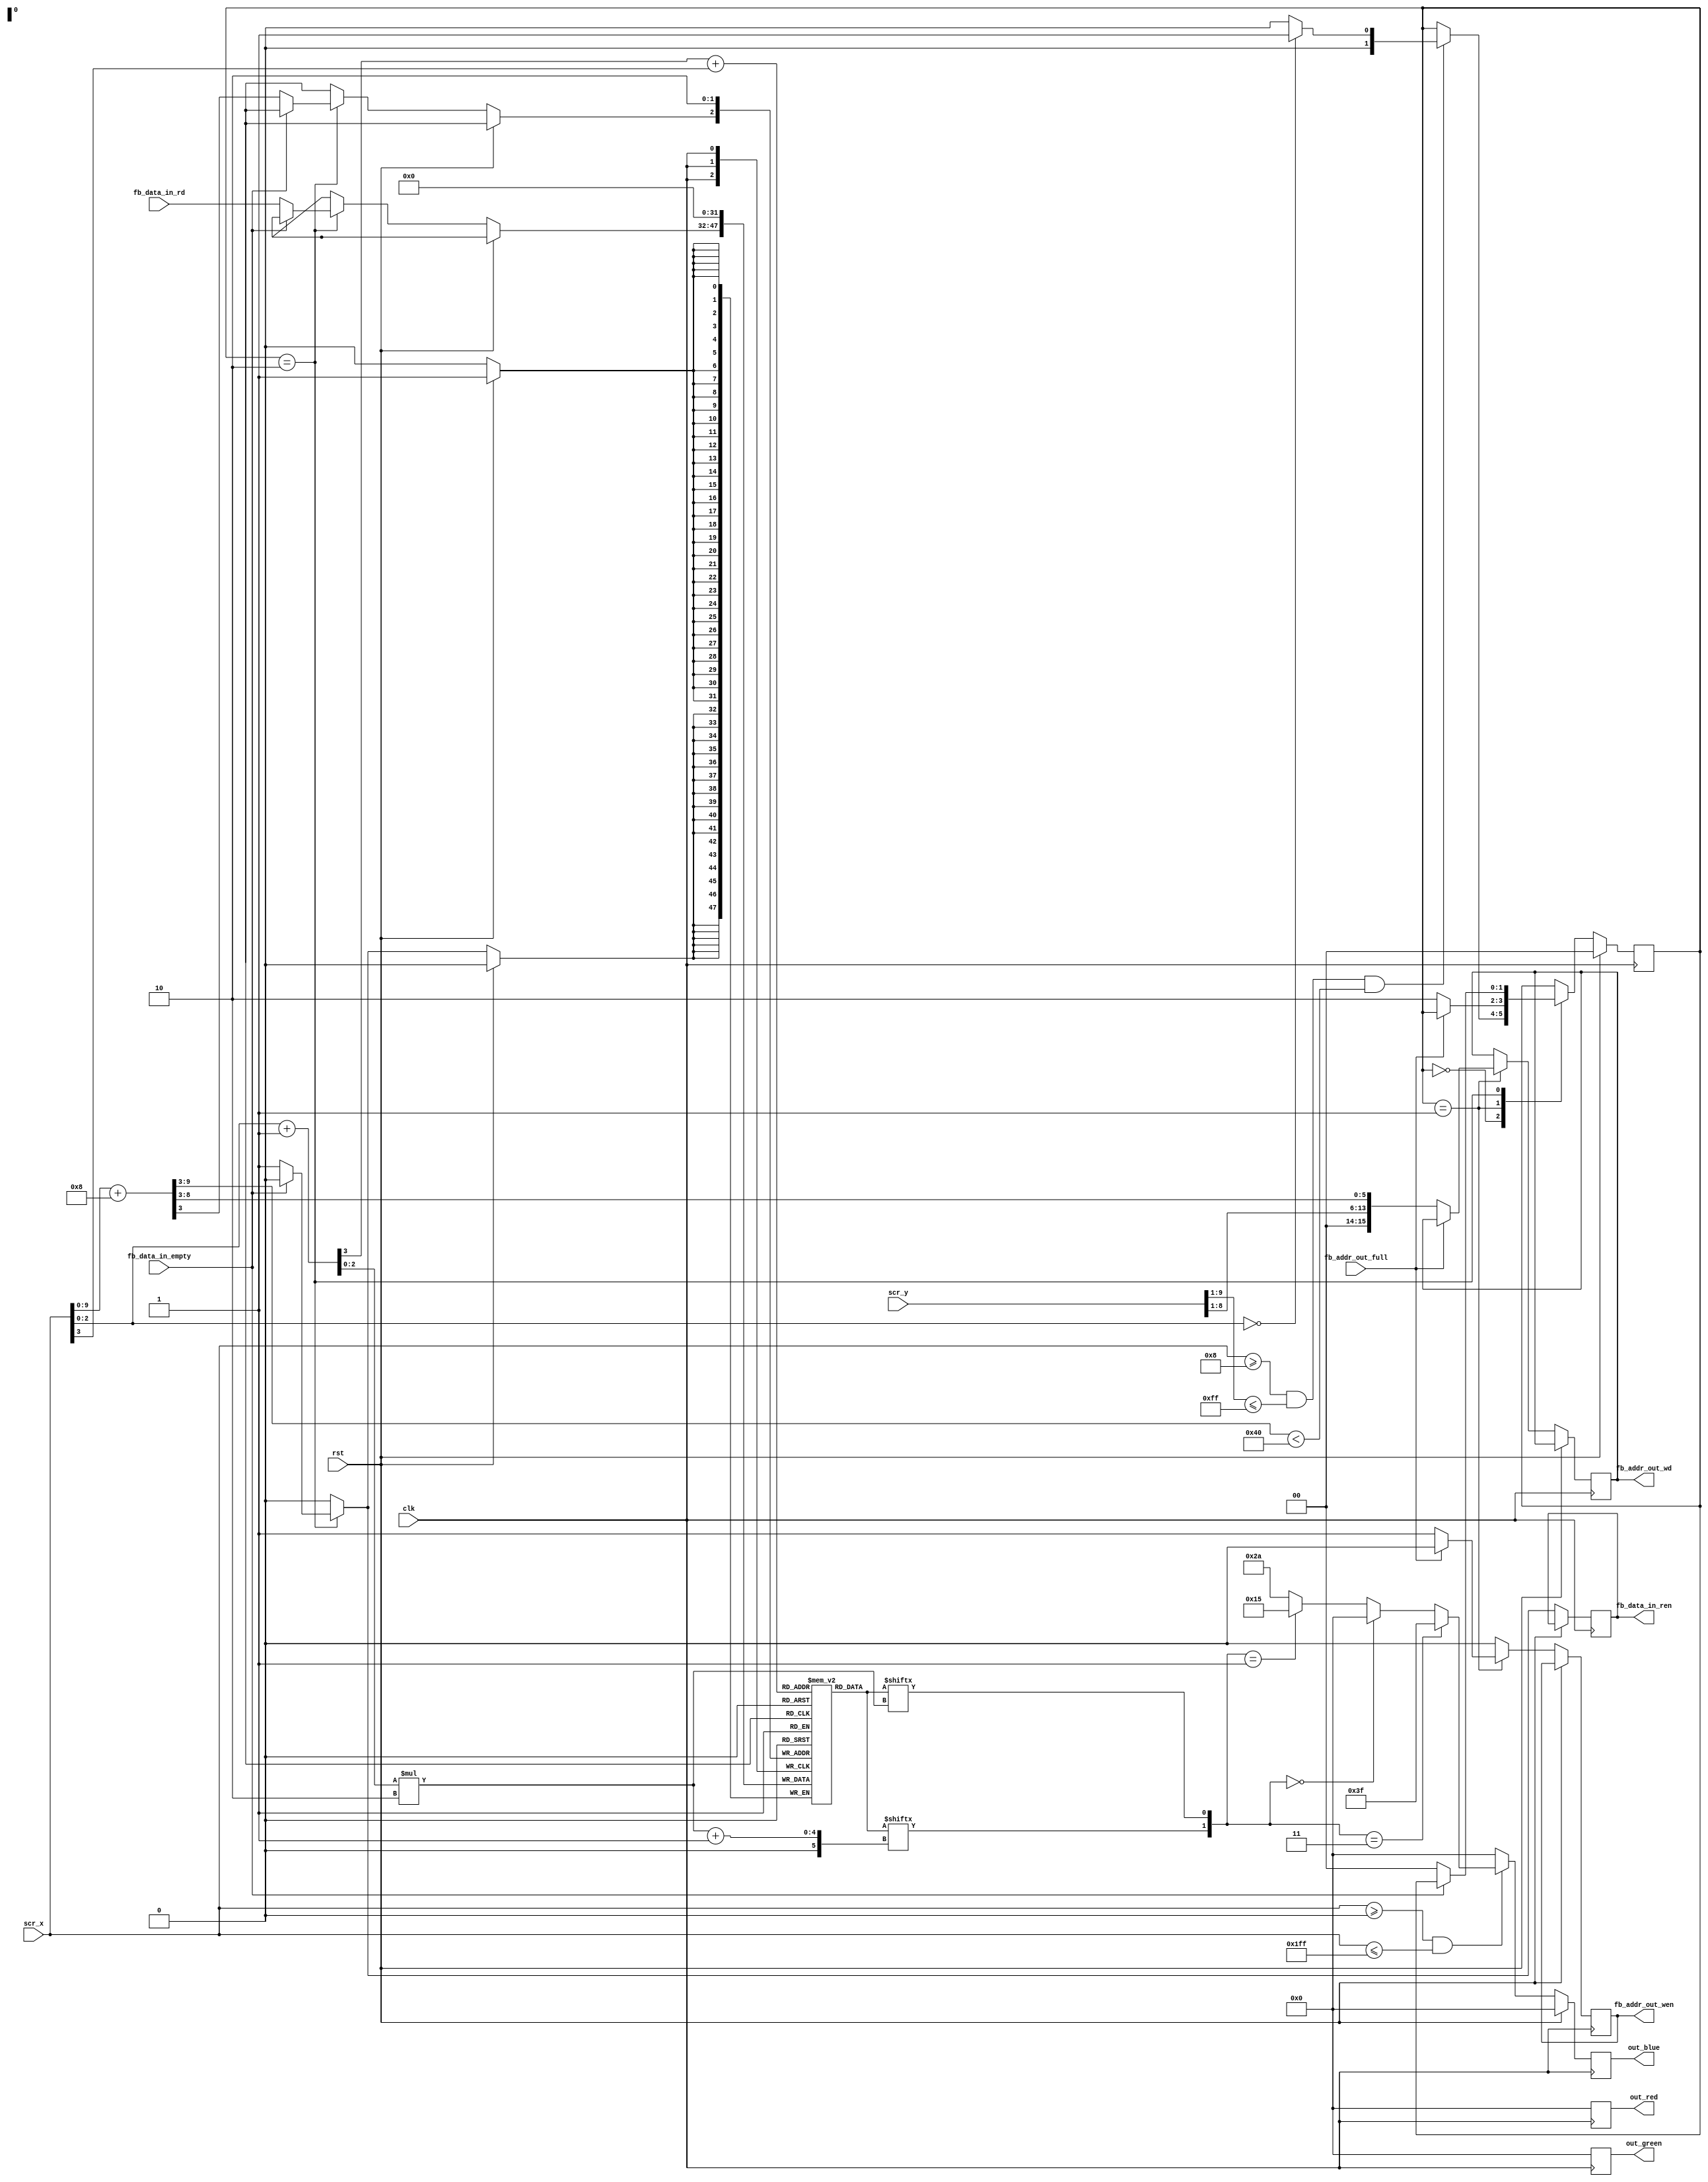
module plain_renderer(
  input               clk,
  input               rst,
  input signed [10:0] scr_x,
  input signed [10:0] scr_y,
  output reg    [5:0] out_red,
  output reg    [5:0] out_green,
  output reg    [5:0] out_blue,
  
  output reg          fb_addr_out_wen,
  output reg   [15:0] fb_addr_out_wd,
  input               fb_addr_out_full,

  output reg          fb_data_in_ren,
  input        [15:0] fb_data_in_rd,
  input               fb_data_in_empty
);

reg  [1:0] r_fb_state;
reg [15:0] r_word[2];

wire [9:0] l_scr_x_n    = scr_x + 8;

wire [6:0] l_scr_x_hi   = scr_x[9:3];
wire [2:0] l_scr_x_lo   = scr_x[2:0];

wire [6:0] l_scr_x_n_hi = l_scr_x_n[9:3];

wire [8:0] l_scr_y      = scr_y[9:1];
wire [8:0] l_scr_y_n    = l_scr_y + 1;

wire [3:0] l_x_next     = l_scr_x_lo + 1;
wire       l_w_ind      = l_x_next[3] + l_scr_x_hi[0];
wire [3:0] l_off        = l_x_next[2:0] * 2;
wire [1:0] l_pix_code   = {r_word[l_w_ind][l_off+1], r_word[l_w_ind][l_off]};
wire [5:0] l_pix_brgt   = l_pix_code == 3 ? 6'h3f : (l_pix_code == 0 ? 6'h00 : (l_pix_code == 1 ? 6'h15 : 6'h2a));

always @ (posedge clk) begin
  if (rst) begin
    out_red     <= 6'h00;
    out_green   <= 6'h00;
    out_blue    <= 6'h00;
	 r_fb_state  <= 2'b00;
	 r_word[0]   <= 16'h00;
	 r_word[1]   <= 16'h00;
  end
  else begin
    fb_data_in_ren   <= 0;
	 fb_addr_out_wen  <= 0;
    
    case (r_fb_state)
    0: if (scr_x >= -8 && l_scr_y <= 255 && l_scr_x_n_hi < 64) begin
      r_fb_state       <= l_scr_x_lo == 0 ? 1 : 0;
	 end
	 1: if (~fb_addr_out_full) begin
      fb_addr_out_wd   <= {2'b00, l_scr_y[7:0], l_scr_x_n_hi[5:0]};
      fb_addr_out_wen  <= 1;
      r_fb_state       <= 2;
    end
    2: if (~fb_data_in_empty) begin
      r_word[l_scr_x_n_hi[0]] <= fb_data_in_rd;
      fb_data_in_ren <= 1;
      r_fb_state     <= 0;
    end
    endcase
      
    out_blue  <= (scr_x >= 0 && scr_x <= 511) ? l_pix_brgt : 6'h00;
	 out_red   <= 6'h00;
    out_green <= 6'h00;
  end
end


endmodule